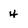
Character: 4